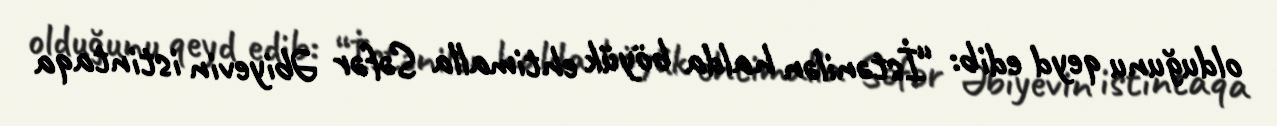
olduğunu qeyd edib: “İstənilən halda böyük ehtimalla Səfər Əbiyevin istintaqa